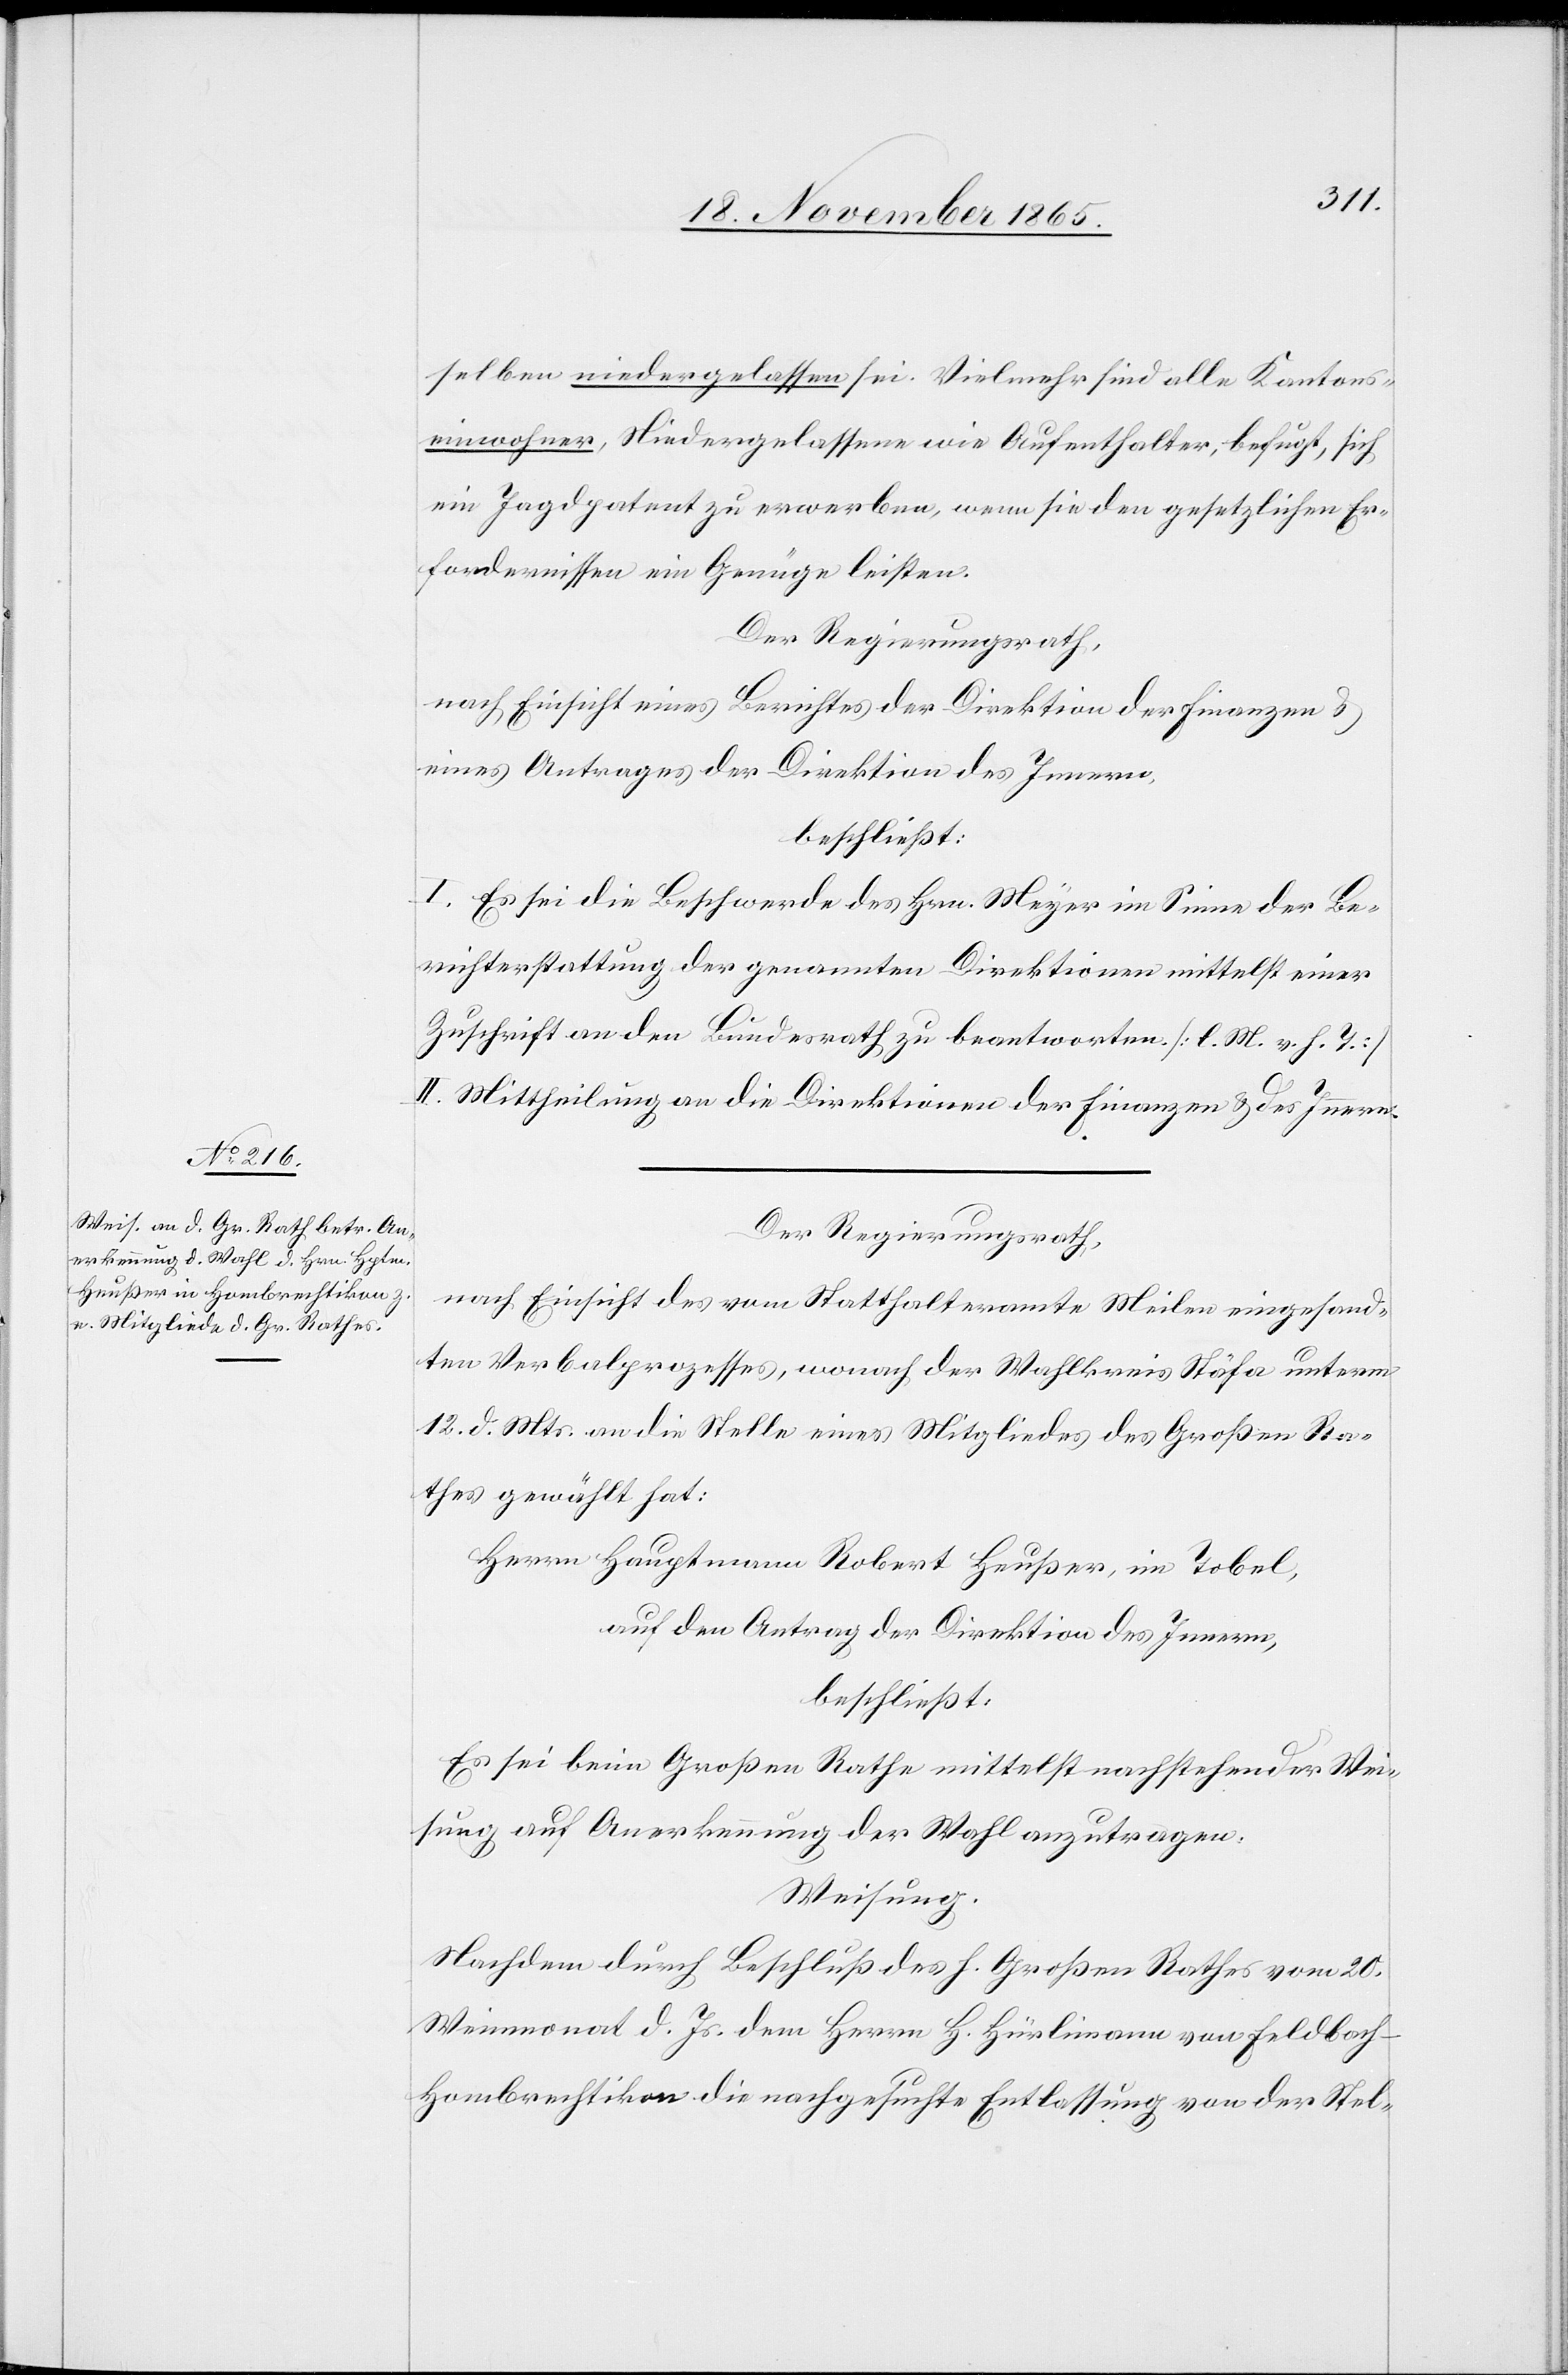
Der Regierungsrath,
nach Einsicht des vom Statthalteramte Meilen eingesand¬
ten Verbalprozesses, wonach der Wahlkreis Stäfa unterm
12. d. Mts. an die Stelle eines Mitgliedes des Großen Ra¬
thes gewählt hat:
Herrn Hauptmann Robert Heußer, im Tobel,
auf den Antrag der Direktion des Innern,
beschließt:
Es sei beim Großen Rathe mittelst nachstehender Wei¬
sung auf Anerkennung der Wahl anzutragen.
Weisung.
Nachdem durch Beschluß des h. Großen Rathes vom 20.
Weinmonat d. Js. dem Herrn H. Hürlimann von Feldbach -
Hombrechtikon die nachgesuchte Entlassung von der Stel-